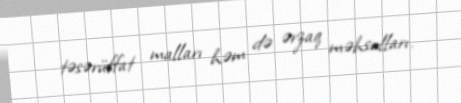
təsərüffat malları həm də ərzaq məhsulları.